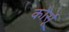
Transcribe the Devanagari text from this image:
कोर्सू